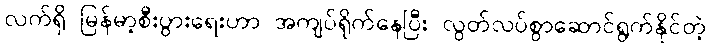
လက်ရှိ မြန်မာ့စီးပွားရေးဟာ အကျပ်ရိုက်နေပြီး လွတ်လပ်စွာဆောင်ရွက်နိုင်တဲ့